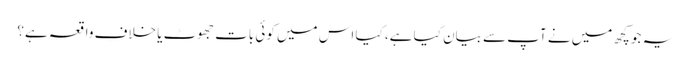
یہ جو کچھ میں نے آپ سے بیان کیا ہے، کیا اس میں کوئی بات جھوٹ یا خلافِ واقعہ ہے؟